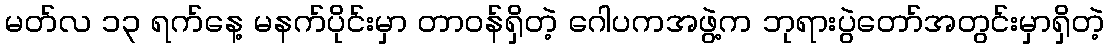
မတ်လ ၁၃ ရက်နေ့ မနက်ပိုင်းမှာ တာဝန်ရှိတဲ့ ဂေါပကအဖွဲ့က ဘုရားပွဲတော်အတွင်းမှာရှိတဲ့